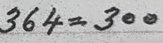
364 = 300